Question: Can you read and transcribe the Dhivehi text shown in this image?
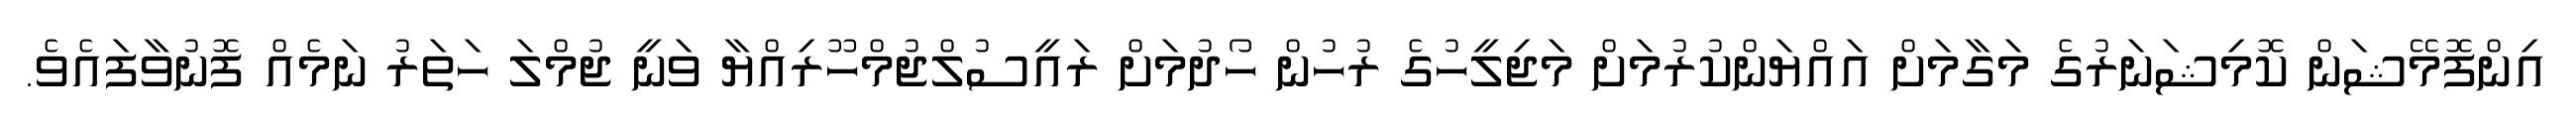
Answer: އިންފޮމޭޝަން ކޮމިޝަނަރުގެ މަގާމަށް އައްޔަންކުރުމަށް މަޖިލީހުގެ ރުހުން ހޯދުމަށް ރައީސުލްޖުމްހޫރިއްޔާ ވަނީ ޖުމްލަ ހަތަރު ނަމެއް ފޮނުވާފައެވެ.